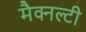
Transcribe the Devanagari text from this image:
मैक्नल्टी